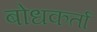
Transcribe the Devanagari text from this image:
बोधकर्ता